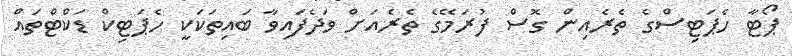
ޕޯޓާ ހެޕަޓިސްގެ ތެރެއިން ގޮސް ފުރަމޭގެ ތެރެއަށް ވަދެފައިވާ ބައިތަކަކީ ހެޕަޓިކް ޑަކްޓްތައް